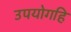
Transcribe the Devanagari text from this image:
उपयोगहि